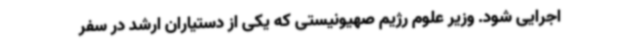
اجرایی شود. وزیر علوم رژیم صهیونیستی که یکی از دستیاران ارشد در سفر